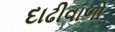
દાઢીવાળો